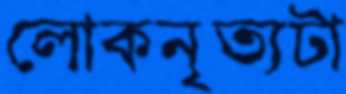
লোকনৃত্যটা